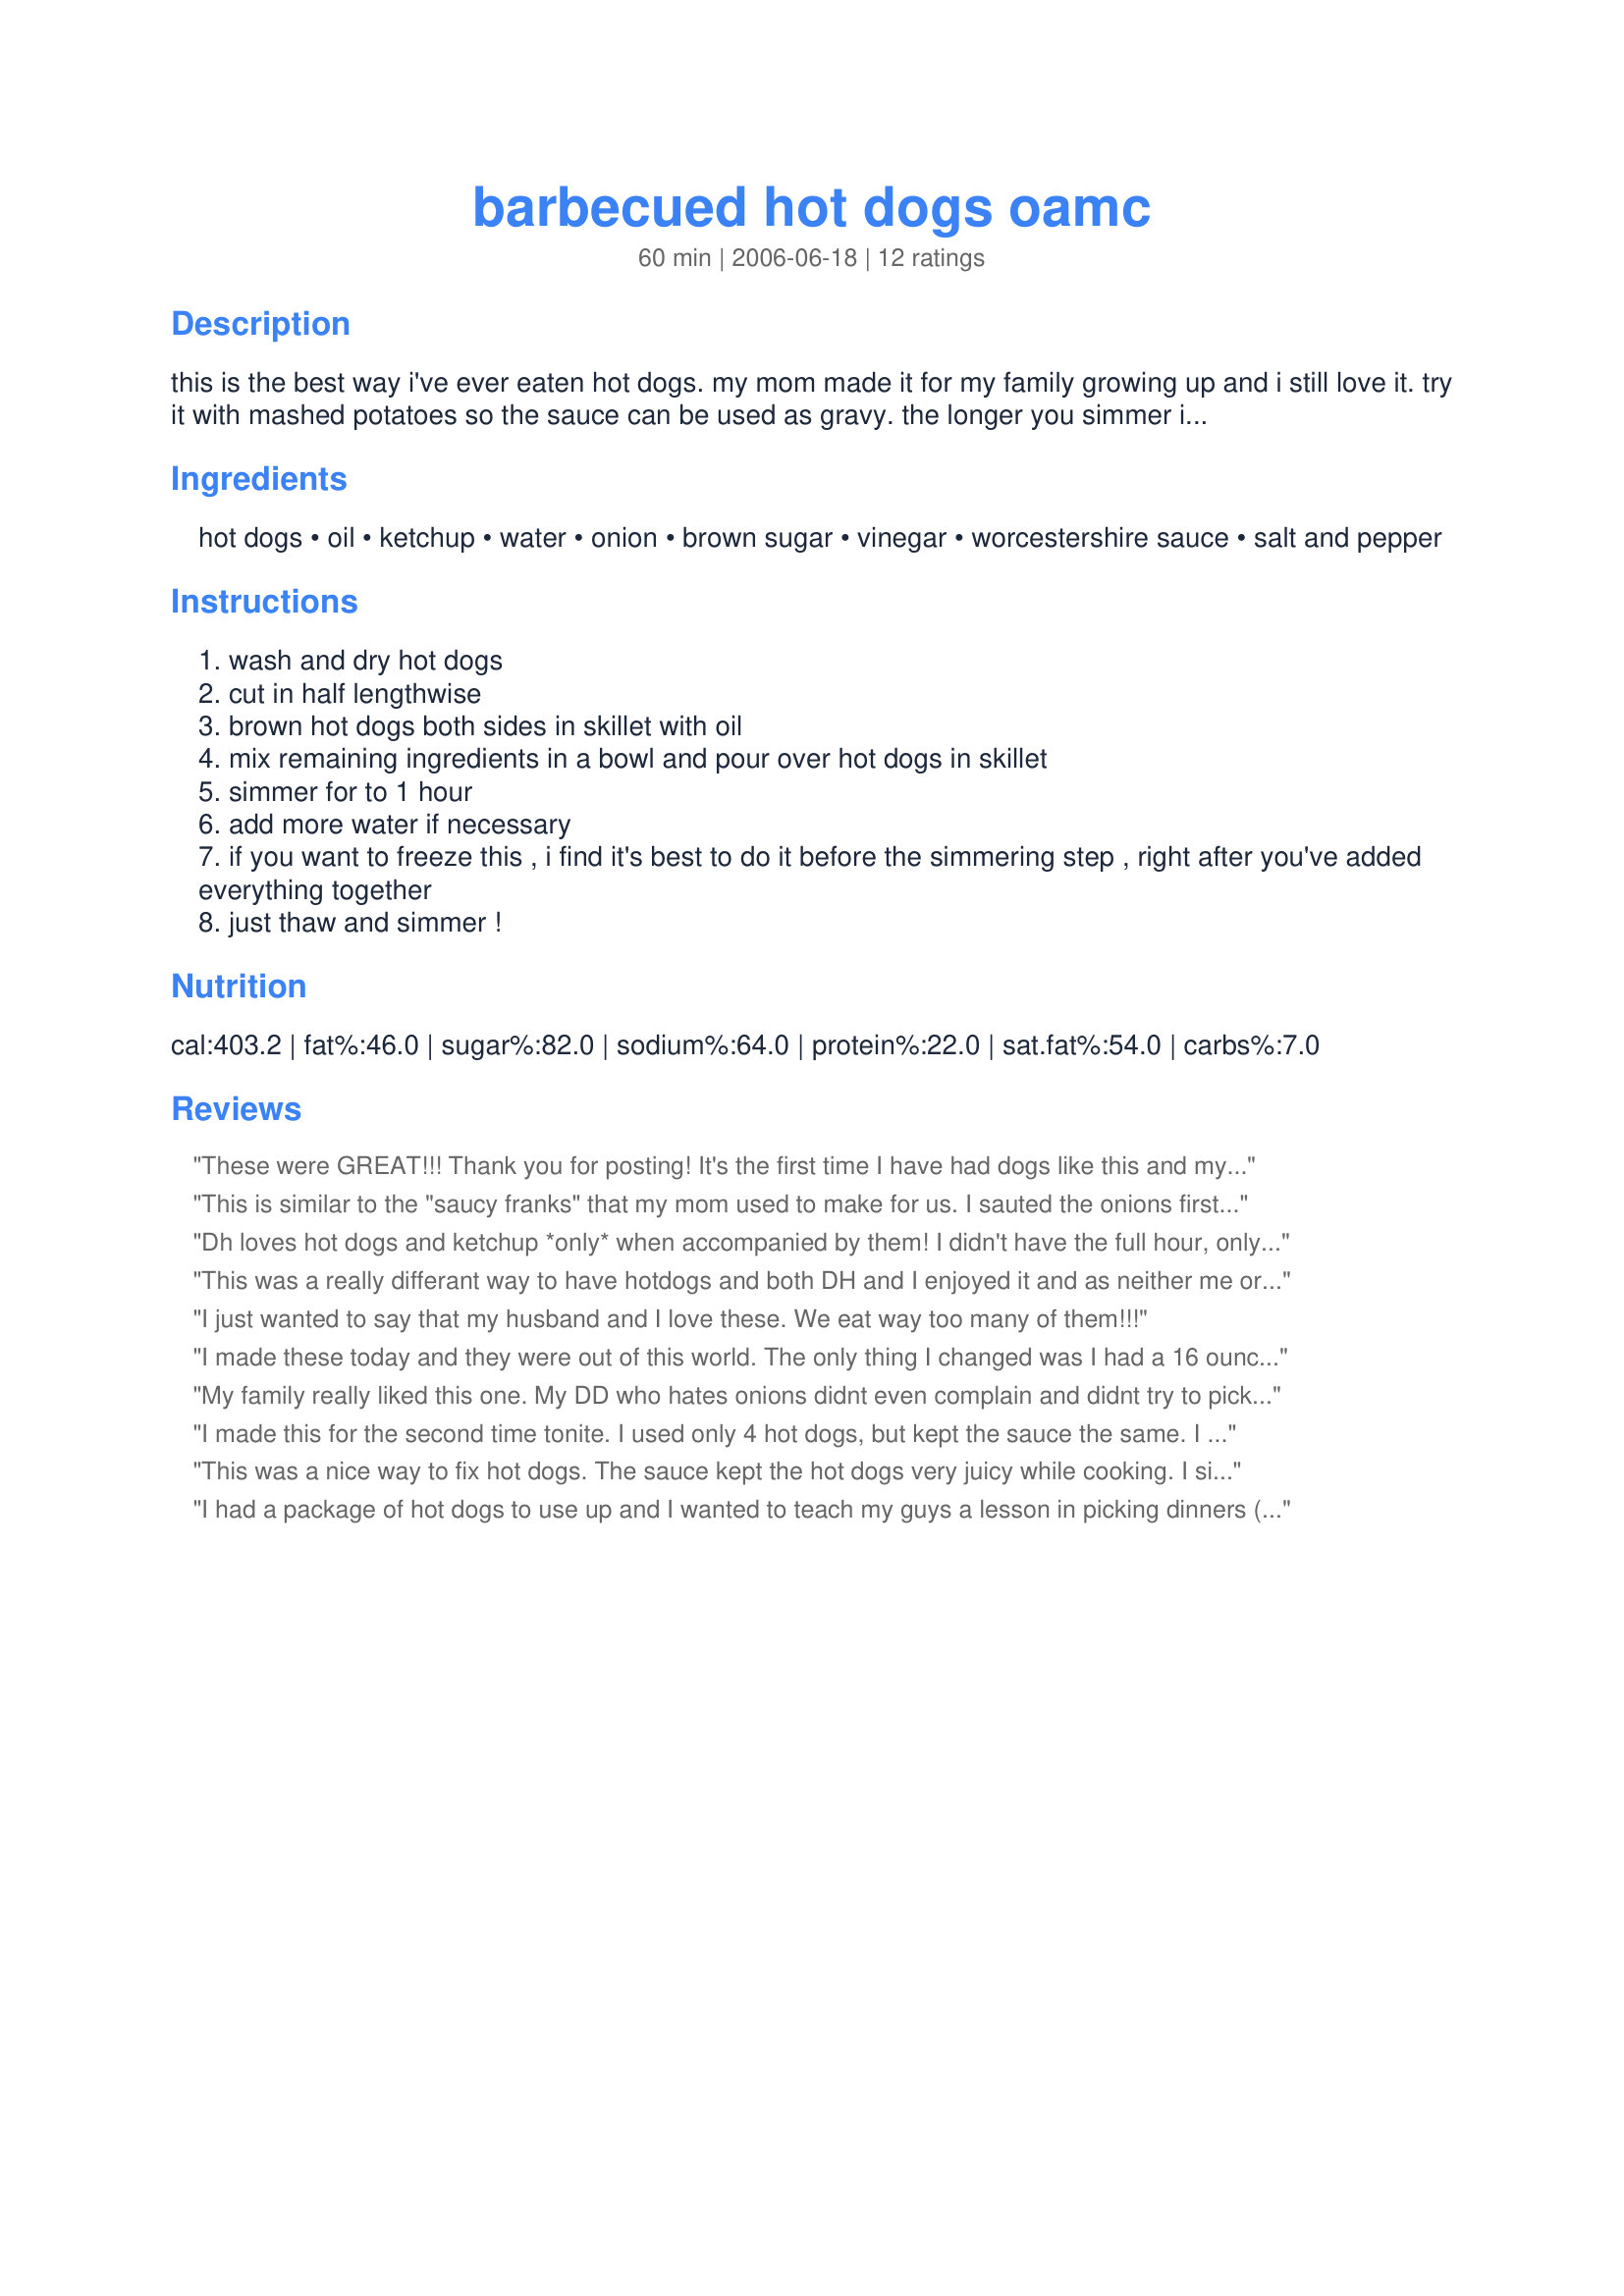
barbecued hot dogs oamc
Preparation time: 60 minutes

this is the best way i've ever eaten hot dogs. my mom made it for my family growing up and i still love it. try it with mashed potatoes so the sauce can be used as gravy. the longer you simmer it, the better it tastes!

Ingredients:
hot dogs, oil, ketchup, water, onion, brown sugar, vinegar, worcestershire sauce, salt and pepper

Steps:
wash and dry hot dogs
cut in half lengthwise
brown hot dogs both sides in skillet with oil
mix remaining ingredients in a bowl and pour over hot dogs in skillet
simmer for to 1 hour
add more water if necessary
if you want to freeze this , i find it's best to do it before the simmering step , right after you've added everything together
just thaw and simmer !

Reviews:
These were GREAT!!! Thank you for posting! It's the first time I have had dogs like this and my daughter and I gobbled them up!
This is similar to the "saucy franks" that my mom used to make for us. I sauted the onions first and didn't brown the hot dogs. I took the hot dog whole and sliced it on the diagonal almost all the way through every inch or so. I mixed the rest of the ingredients in the pan and then put the hot dogs in and covered them with the sauce. I used only 1 cup of water bcz I like the sauce thicker and added a little more brown sugar. After 25 minutes, the hot dogs were bursting, so I think 20 would have been enough. The hot dogs come out in a curl. I used light hot dogs. Saving this to make again.
Dh loves hot dogs and ketchup *only* when accompanied by them! I didn't have the full hour, only about 45 minutes, and they still turned out great! I put them on a hamburger bun like a 'sloppy joe'.
This was a really differant way to have hotdogs and both DH and I enjoyed it and as neither me or DH are big hot dog fans that's saying something. I loved browning them first and the sauce was a good blend of sweet and tangy just what a bar b q sauce needs to be. So easy to fix up when needing something quick. We served with rice and flat bread and really enjoyed this fast, tasty and differant recipe. Wondering how it would taste with polish sausages or the like. Made for "Help a Naked Recipe"
I just wanted to say that my husband and I love these. We eat way too many of them!!!
I made these today and they were out of this world. The only thing I changed was I had a 16 ounce package of hot dogs and I used onion powder instead of onions. Next time I make ( very soon!!!) I will make a lot more sauce it was awesome!!! Can't imagine a better hotdog.
My family really liked this one. My DD who hates onions didnt even complain and didnt try to pick them out. We served this over mashed potatoes and with Buttery Soft Crescent Rolls
Recipe #236658. Super nummy.
I made this for the second time tonite. I used only 4 hot dogs, but kept the sauce the same. I put the sauce over the hot dogs and baked them in the oven for a little too long. The hot dogs were actually burned, but the sauce got thick and wonderful. The meal was still really good (and I always have my hot dogs charcoal color when we grill out)

This is so simple, and so good.
This was a nice way to fix hot dogs. The sauce kept the hot dogs very juicy while cooking. I simmered the dogs for about 45 minutes, and the sauce was still very runny, so I drained the sauce off to serve the dogs and onions in a bun.
I had a package of hot dogs to use up and I wanted to teach my guys a lesson in picking dinners (they won't do it very often) so I made this. My plan backfired! It did not photograph well so they were both afraid to come home for dinner, but they absolutely LOVED it and I am left picking dinner almost every night. Thanks for sharing (I think)~
This reminds me of those "grape jelly weiners".
Good recipe. My favorite part was the cutting them in half and browning them first. MMM
